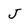
Character: J